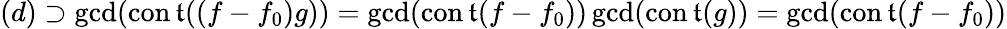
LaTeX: (d)\supset\gcd(\operatorname{con\mathfrak{t}}((f-f_{0})g))=\gcd(\operatorname{con\mathfrak{t}}(f-f_{0}))\gcd(\operatorname{con\mathfrak{t}}(g))=\gcd(\operatorname{con\mathfrak{t}}(f-f_{0}))